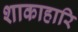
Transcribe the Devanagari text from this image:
शाकाहारि